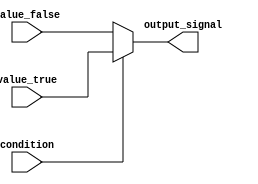
module generate_conditional_assignment(
    input condition,
    input [7:0] value_true,
    input [7:0] value_false,
    output reg [7:0] output_signal
);

always @(*) begin
    if (condition) begin
        output_signal = value_true;
    end else begin
        output_signal = value_false;
    end
end

endmodule